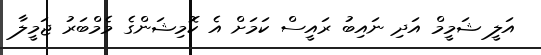
އަލީ ޝަމީމް އަދި ނައިބު ރައީސް ކަމަށް އެ ކޮމިޝަންގެ މެމްބަރު ޖަމީލާ